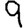
Digit: 9